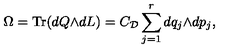
\Omega = \mathrm { T r } ( d Q { \wedge } d L ) = C _ { \cal D } \sum _ { j = 1 } ^ { r } d q _ { j } { \wedge } d p _ { j } ,